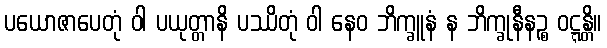
ပယောဇာပေတုံ ဝါ ပယုတ္တာနိ ပဿိတုံ ဝါ နေဝ ဘိက္ခူနံ န ဘိက္ခုနီနဉ္စ ဝဋ္ဋန္တိ။